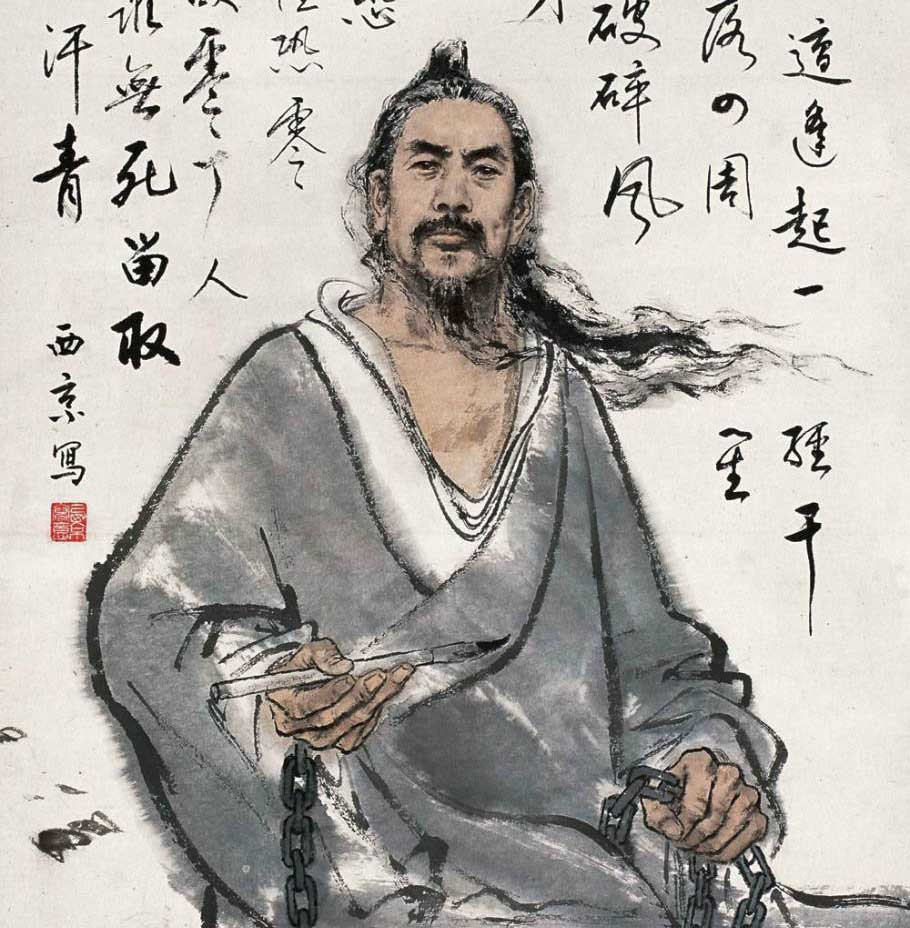
精诚由中，故其文语感动人深。